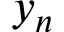
y _ { n }